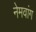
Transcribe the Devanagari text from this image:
नेमवांग